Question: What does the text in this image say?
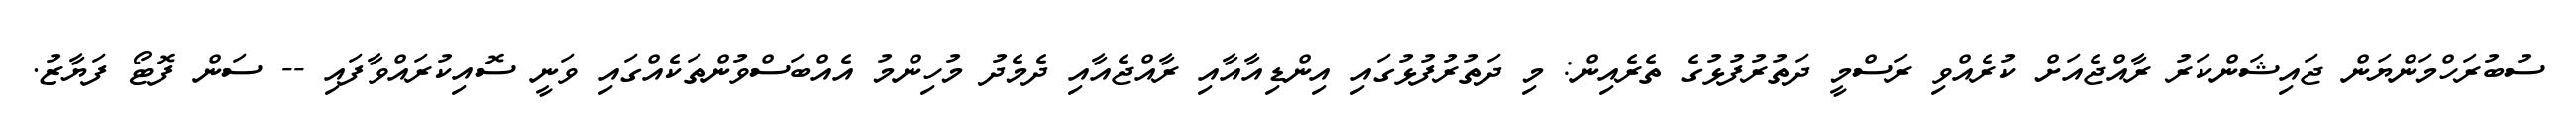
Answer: ސުބުރަހްމަންޔަން ޖައިޝަންކަރު ރާއްޖެއަށް ކުރެއްވި ރަސްމީ ދަތުރުފުޅުގެ ތެރެއިން: މި ދަތުރުފުޅުގައި އިންޑިއާއާއި ރާއްޖެއާއި ދެމެދު މުހިންމު އެއްބަސްވުންތަކެއްގައި ވަނީ ސޮއިކުރައްވާފައި -- ސަން ފޮޓޯ ފަޔާޒު.